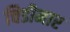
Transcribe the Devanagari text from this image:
चिडीमार